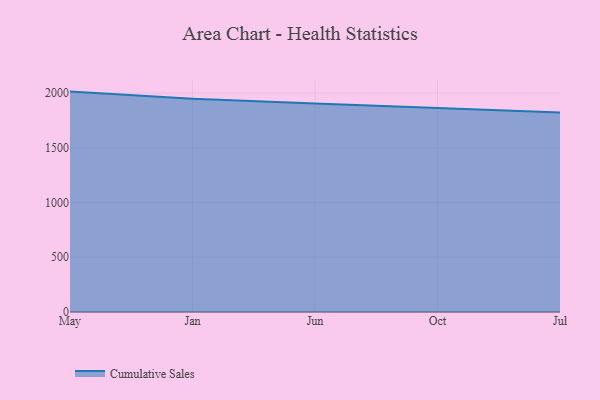
{"axis": {"x": "Month", "y": "Page Views"}, "legend": ["Cumulative Sales"], "data": [{"x": "May", "y": 2013.3, "type": "Cumulative Sales"}, {"x": "Jan", "y": 1948.7, "type": "Cumulative Sales"}, {"x": "Jun", "y": 1904.9, "type": "Cumulative Sales"}, {"x": "Oct", "y": 1861.2, "type": "Cumulative Sales"}, {"x": "Jul", "y": 1822.3, "type": "Cumulative Sales"}]}